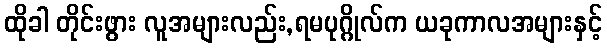
ထိုခါ တိုင်းဖွား လူအများလည်း,ရမပုဂ္ဂိုလ်က ယခုကာလအများနှင့်